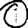
Digit: 0